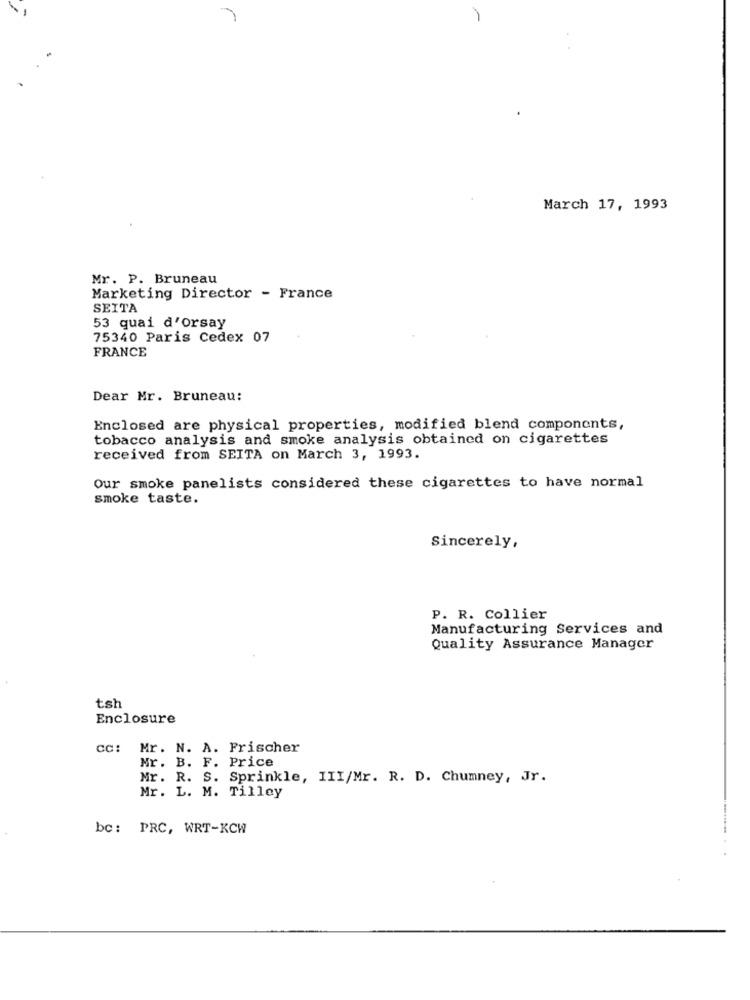
March 17, 1993
Mr. P. Bruneau
Marketing Director - France
SEITA
53 quai d'orsay
75340 Paris Cedex 07
FRANCE
Dear Mr. Bruneau:
Enclosed are physical properties, modified blend components,
tobacco analysis and smoke analysis obtained on cigarettes
received from SEITA on March 3, 1993.
Our smoke panelists considered these cigarettes to have normal
smoke taste.
Sincerely,
P. R. Collier
Manufacturing Services and
Quality Assurance Manager
tsh
Enclosure
CC:
Mr. N. A. Frischer
Mr. B. F. Price
Mr. R. S. Sprinkle, III/Mr. R. D. Chumney, Jr.
Mr. L. M. Tilley
bc: PRC, WRT-KCW